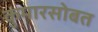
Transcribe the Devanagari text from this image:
कुमारसोबत